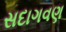
સદાગવણ